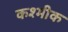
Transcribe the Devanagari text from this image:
कश्मीक